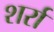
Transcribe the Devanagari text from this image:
शर्रा